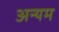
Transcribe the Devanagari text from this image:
अन्यम